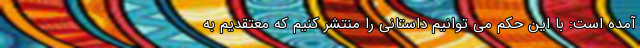
آمده است: با این حکم می توانیم داستانی را منتشر کنیم که معتقدیم به